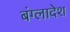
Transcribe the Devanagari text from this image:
बंग्‍लादेश